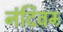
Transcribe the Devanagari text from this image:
नंदिवम्र्